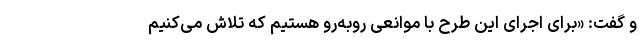
و گفت: «برای اجرای این طرح با موانعی روبه‌رو هستیم که تلاش می‌کنیم